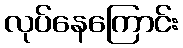
လုပ်နေကြောင်း